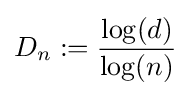
D_{n}:={\frac {\log(d)}{\log(n)}}